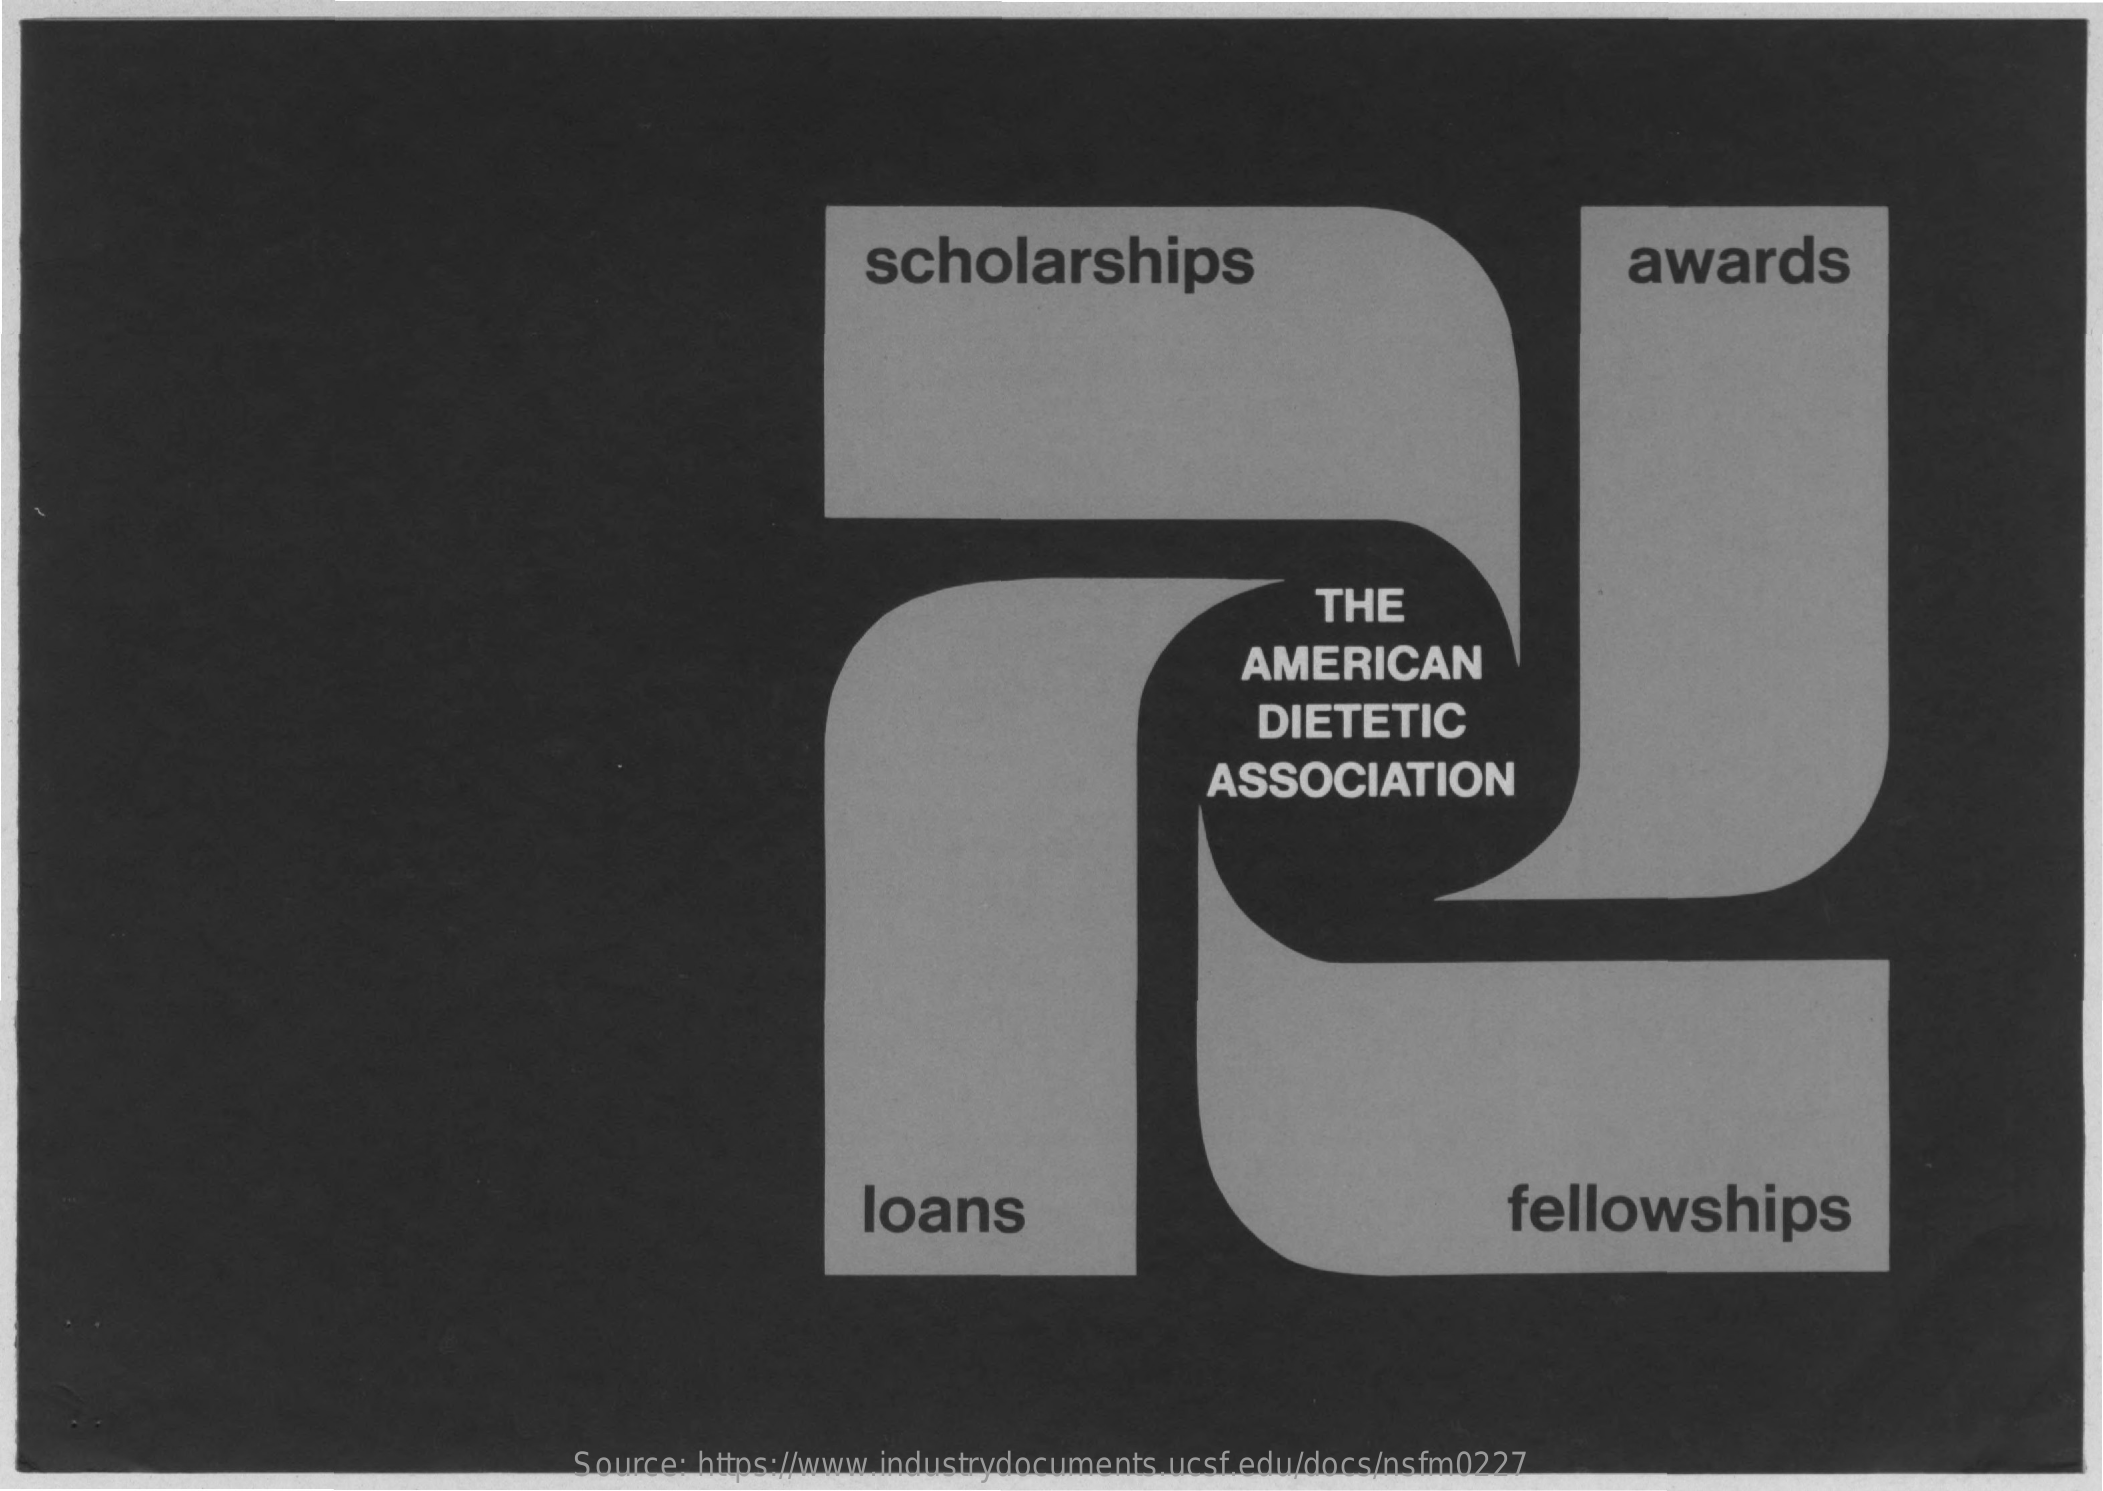
scholarships    awards
     THE
     AMERICAN
     DIETETIC
     ASSOCIATION
     loans    fellowships
     Source: https://www.industrydocuments.ucsf.edu/docs/nsfm0227